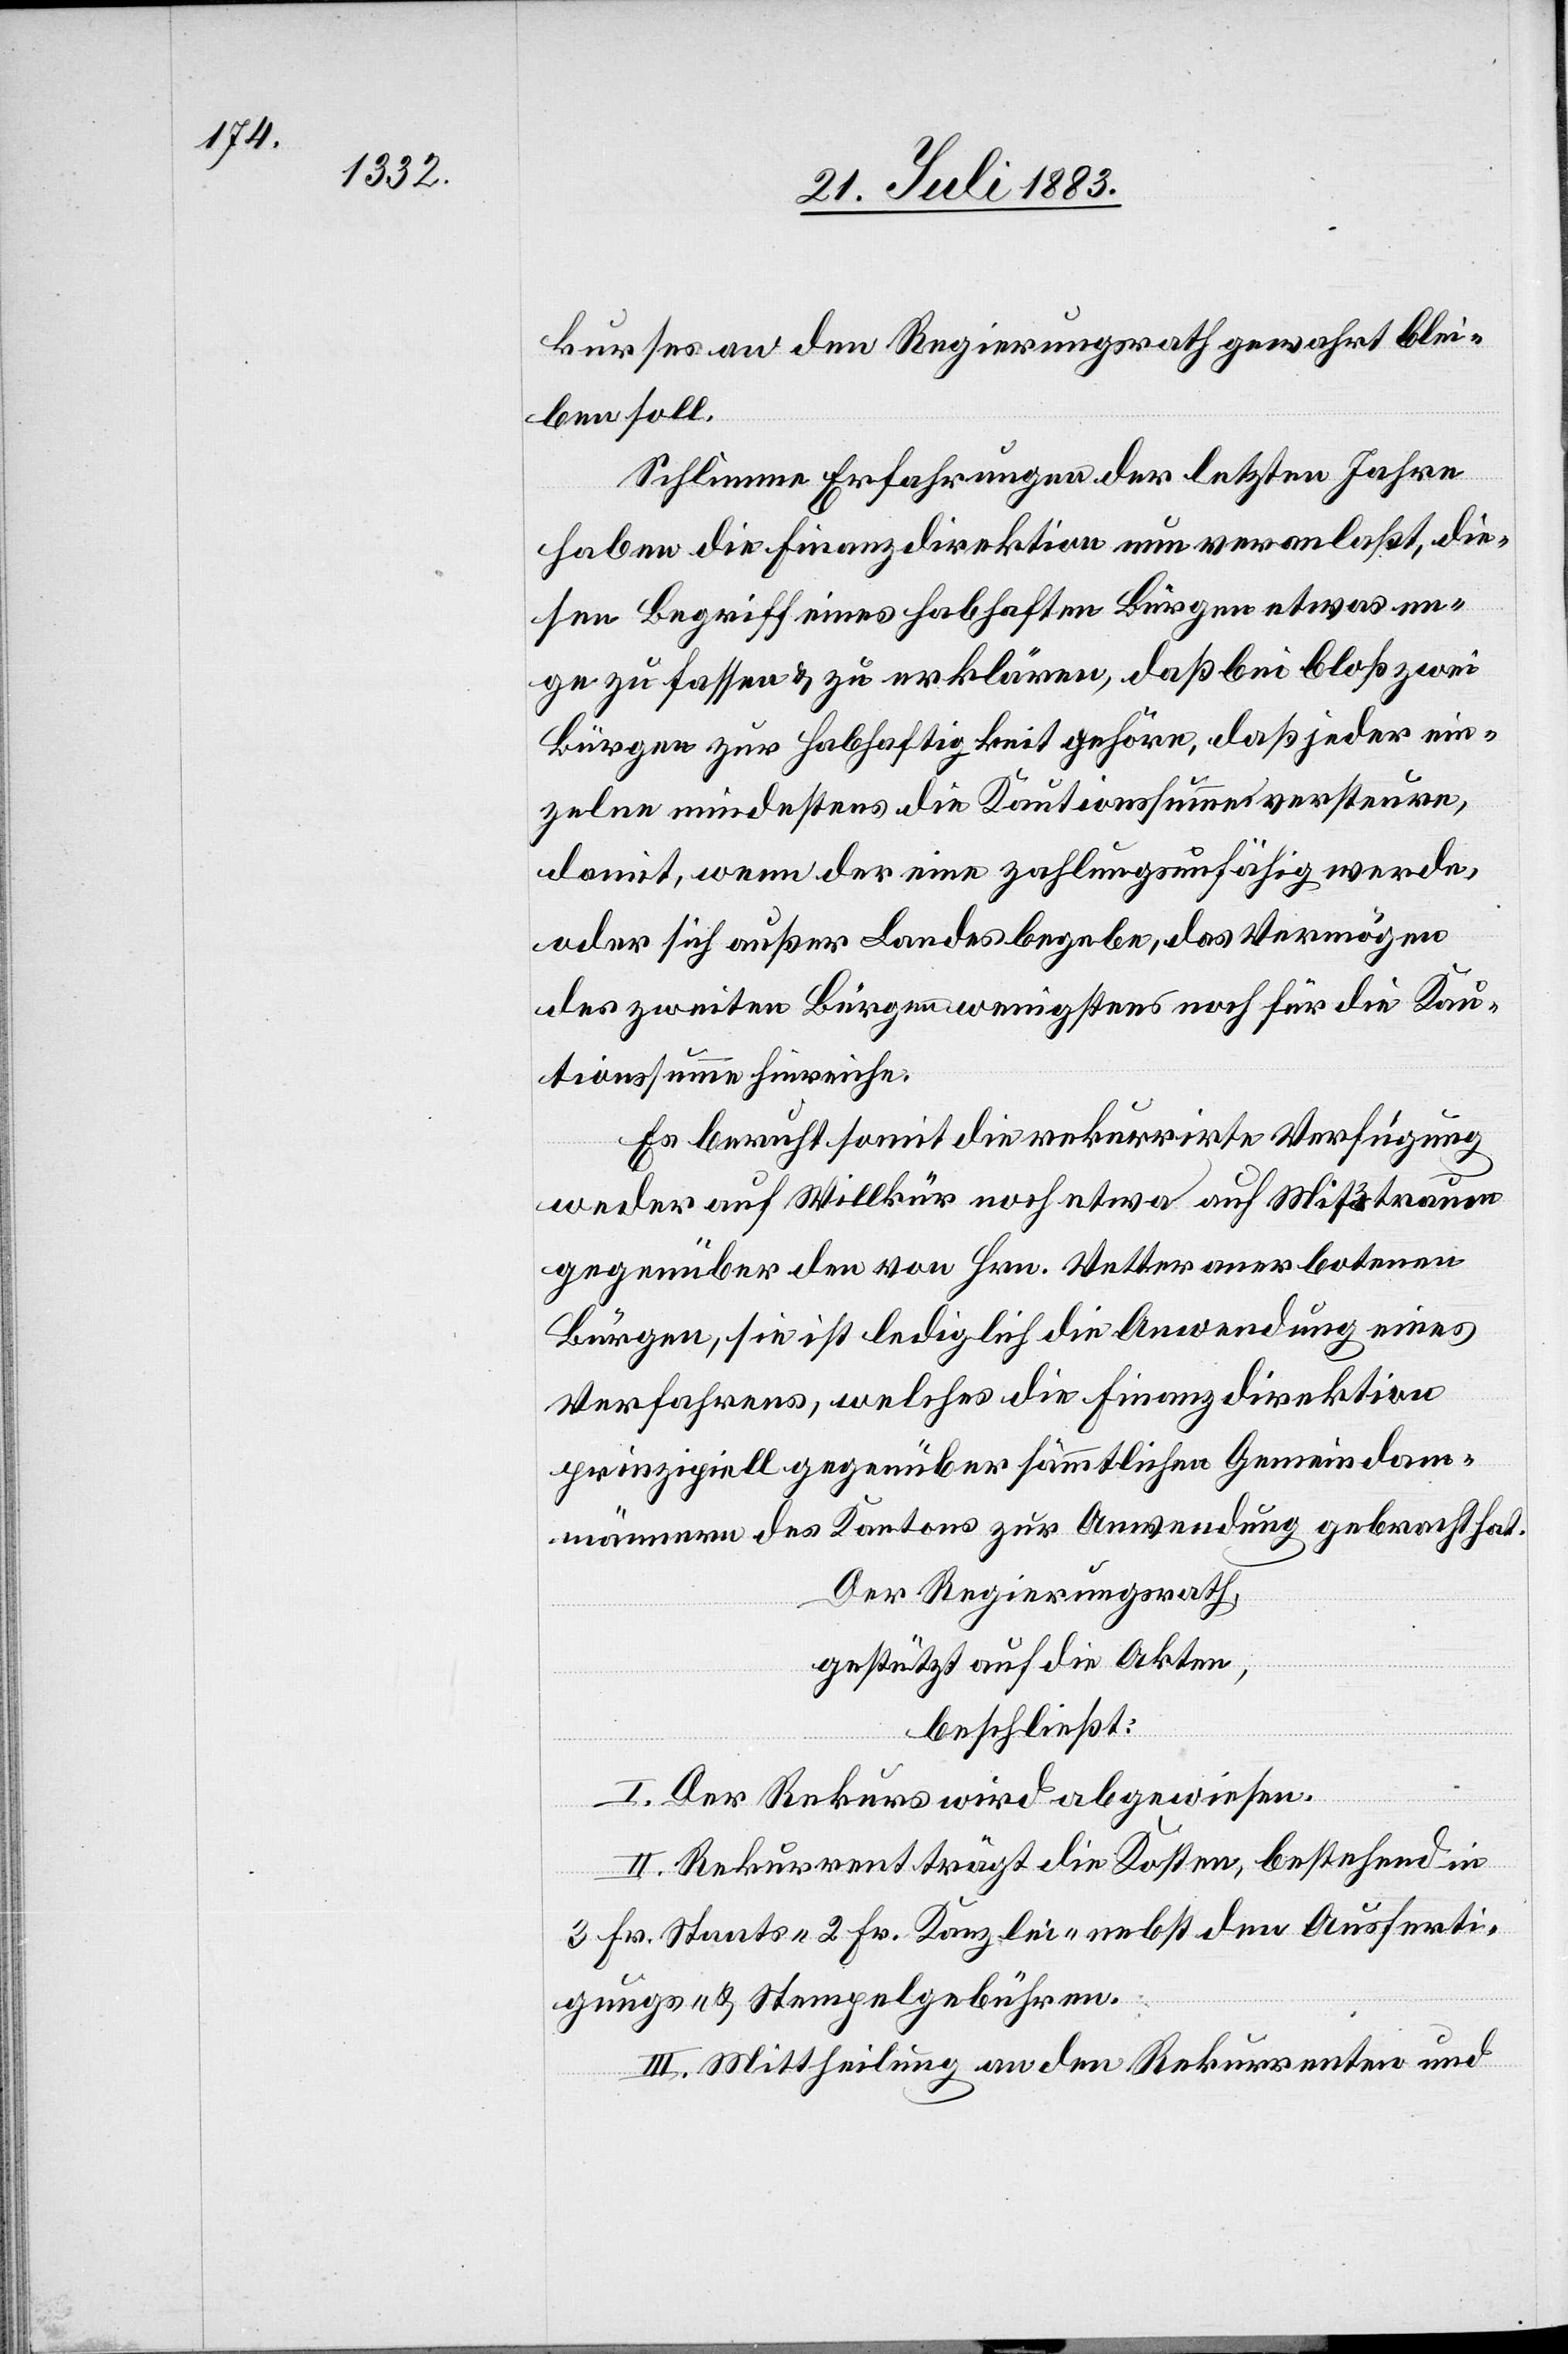
kurses an den Regierungsrath gewahrt blei¬
ben soll.
Schlimme Erfahrungen der letzten Jahre
haben die Finanzdirektion nun veranlaßt, die¬
sen Begriff eines habhaften Bürgen etwas en¬
ge[r] zu fassen & zu erklären, daß bei bloß zwei
Bürgen zur Habhaftigkeit gehöre, daß jeder ein¬
zelne mindestens die Kautionssumme versteure,
damit, wenn der eine zahlungsunfähig werde,
oder sich außer Landes begebe, das Vermögen
des zweiten Bürgen wenigstens noch für die Kau¬
tionssumme ausreiche.
Es beruht somit die rekurrirte Verfügung
weder auf Willkür noch etwa auf Mißtrauen
gegenüber den von Hrn. Vetter anerbotenen
Bürgen, sie ist lediglich die Anwendung eines
Verfahrens, welches die Finanzdirektion
prinzipiell gegenüber sämmtlichen Gemeindam¬
männern des Kantons zur Anwendung gebracht hat.
Der Regierungsrath,
gestützt auf die Akten,
beschließt:
I. Der Rekurs wird abgewiesen.
II. Rekurrent trägt die Kosten, bestehend in
3 Fr. Staats-[,] 2 Fr. Kanzlei-[,] nebst den Ausferti¬
gungs- und Stempelgebühren.
III. Mittheilung an den Rekurrenten und